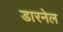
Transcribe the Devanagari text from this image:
डारनेल